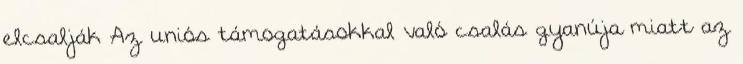
elcsalják Az uniós támogatásokkal való csalás gyanúja miatt az